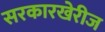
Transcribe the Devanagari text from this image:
सरकारखेरीज